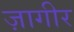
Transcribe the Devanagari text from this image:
ज़ागीर